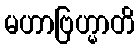
မဟာဗြဟ္မာတိ